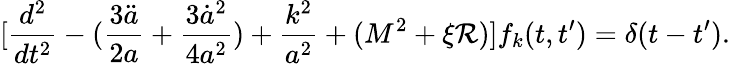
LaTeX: [\frac{d^{2}}{dt^{2}}-(\frac{3{\ddot{a}}}{2a}+\frac{3{\dot{a}}^{2}}{4a^{2}})+\frac{k^{2}}{a^{2}}+(M^{2}+\xi{\cal R})]f_{k}(t,t^{\prime})=\delta(t-t^{\prime}).